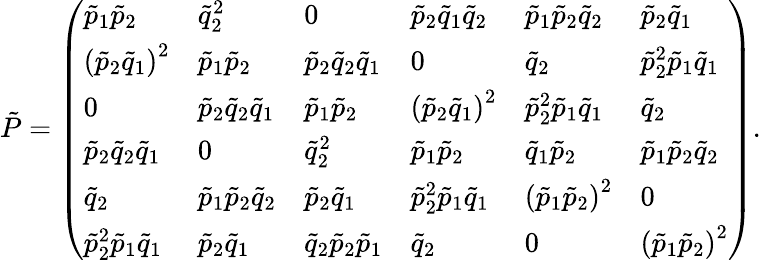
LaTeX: \begin{array}{r}{{\tilde{P}}=\left(\begin{array}{llllll}{{\tilde{p}}_{1}{\tilde{p}}_{2}}&{{\tilde{q}}_{2}^{2}}&{0}&{{\tilde{p}}_{2}{\tilde{q}}_{1}{\tilde{q}}_{2}}&{{\tilde{p}}_{1}{\tilde{p}}_{2}{\tilde{q}}_{2}}&{{\tilde{p}}_{2}{\tilde{q}}_{1}}\\ {\left({\tilde{p}}_{2}{\tilde{q}}_{1}\right)^{2}}&{{\tilde{p}}_{1}{\tilde{p}}_{2}}&{{\tilde{p}}_{2}{\tilde{q}}_{2}{\tilde{q}}_{1}}&{0}&{{\tilde{q}}_{2}}&{{\tilde{p}}_{2}^{2}{\tilde{p}}_{1}{\tilde{q}}_{1}}\\ {0}&{{\tilde{p}}_{2}{\tilde{q}}_{2}{\tilde{q}}_{1}}&{{\tilde{p}}_{1}{\tilde{p}}_{2}}&{\left({\tilde{p}}_{2}{\tilde{q}}_{1}\right)^{2}}&{{\tilde{p}}_{2}^{2}{\tilde{p}}_{1}{\tilde{q}}_{1}}&{{\tilde{q}}_{2}}\\ {{\tilde{p}}_{2}{\tilde{q}}_{2}{\tilde{q}}_{1}}&{0}&{{\tilde{q}}_{2}^{2}}&{{\tilde{p}}_{1}{\tilde{p}}_{2}}&{{\tilde{q}}_{1}{\tilde{p}}_{2}}&{{\tilde{p}}_{1}{\tilde{p}}_{2}{\tilde{q}}_{2}}\\ {{\tilde{q}}_{2}}&{{\tilde{p}}_{1}{\tilde{p}}_{2}{\tilde{q}}_{2}}&{{\tilde{p}}_{2}{\tilde{q}}_{1}}&{{\tilde{p}}_{2}^{2}{\tilde{p}}_{1}{\tilde{q}}_{1}}&{\left({\tilde{p}}_{1}{\tilde{p}}_{2}\right)^{2}}&{0}\\ {{\tilde{p}}_{2}^{2}{\tilde{p}}_{1}{\tilde{q}}_{1}}&{{\tilde{p}}_{2}{\tilde{q}}_{1}}&{{\tilde{q}}_{2}{\tilde{p}}_{2}{\tilde{p}}_{1}}&{{\tilde{q}}_{2}}&{0}&{\left({\tilde{p}}_{1}{\tilde{p}}_{2}\right)^{2}}\end{array}\right).}\end{array}